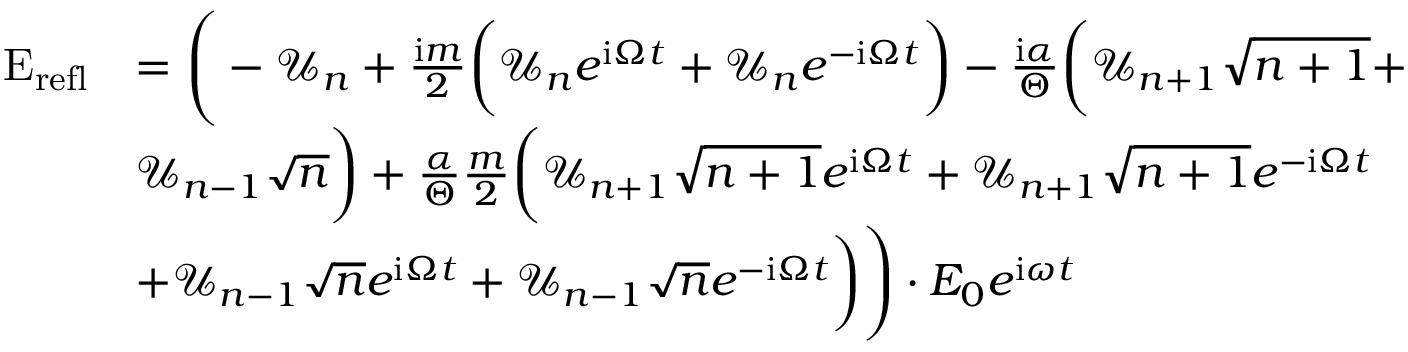
\begin{array} { r l } { \mathrm { E } _ { \mathrm { r e f l } } } & { = \Bigg ( - \mathcal { U } _ { n } + \frac { \mathrm { i } m } { 2 } \bigg ( \mathcal { U } _ { n } e ^ { \mathrm { i } \Omega t } + \mathcal { U } _ { n } e ^ { - \mathrm { i } \Omega t } \bigg ) - \frac { \mathrm { i } \alpha } { \Theta } \bigg ( \mathcal { U } _ { n + 1 } \sqrt { n + 1 } + } \\ & { \mathcal { U } _ { n - 1 } \sqrt { n } \bigg ) + \frac { \alpha } { \Theta } \frac { m } { 2 } \bigg ( \mathcal { U } _ { n + 1 } \sqrt { n + 1 } e ^ { \mathrm { i } \Omega t } + \mathcal { U } _ { n + 1 } \sqrt { n + 1 } e ^ { - \mathrm { i } \Omega t } } \\ & { + \mathcal { U } _ { n - 1 } \sqrt { n } e ^ { \mathrm { i } \Omega t } + \mathcal { U } _ { n - 1 } \sqrt { n } e ^ { - \mathrm { i } \Omega t } \bigg ) \Bigg ) \cdot E _ { 0 } e ^ { \mathrm { i } \omega t } } \end{array}